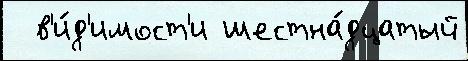
  в'и́д'имост'и шестна́дцатый